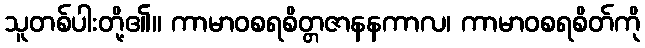
သူတစ်ပါးတို့၏။ ကာမာဝစရစိတ္တဇာနနကာလ၊ ကာမာဝစရစိတ်ကို